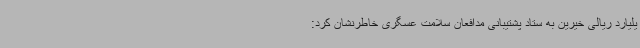
یلیارد ریالی خیرین به ستاد پشتیبانی مدافعان سلامت عسگری خاطرنشان کرد: